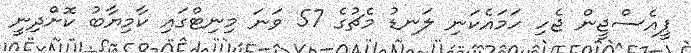
ޕީއެސްޖީން ޖެހި ހަމައެކަނި ލަނޑު މެޗުގެ 57 ވަނަ މިނިޓްގައި ކާމިޔާބު ކޮށްދިނީ